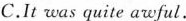
C.It was quite awful.